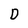
Character: D